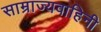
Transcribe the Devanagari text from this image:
साम्राज्यवाहिनी